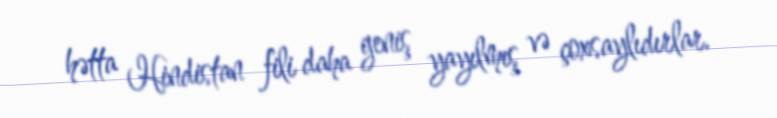
hətta Hindistan fili daha geniş yayılmış və çoxsaylıdırlar.